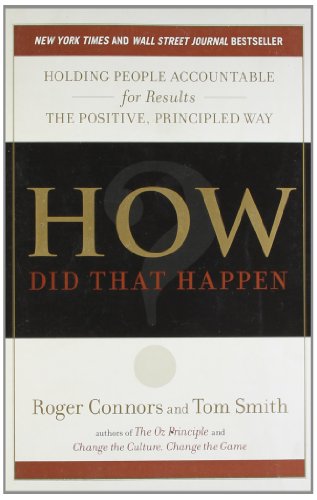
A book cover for How Did That Happen?: Holding People Accountable for Results the Positive, Principled Way; Roger Connors; Business & Money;